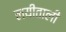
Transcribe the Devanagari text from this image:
लयीताली